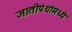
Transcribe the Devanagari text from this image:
जातीपंथांमध्ये